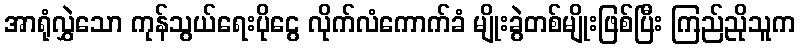
အာရုံလွှဲသော ကုန်သွယ်ရေးပိုငွေ လိုက်လံကောက်ခံ မျိုးခွဲတစ်မျိုးဖြစ်ပြီး ကြည်ညိုသူက